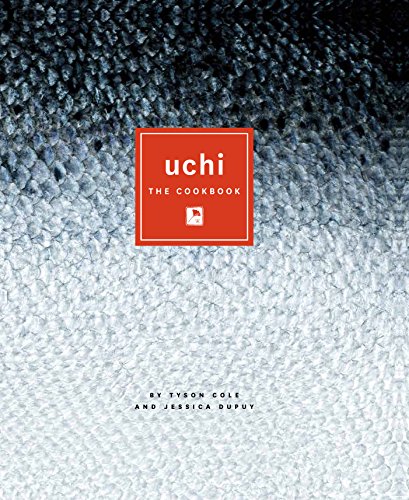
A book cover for Uchi: The Cookbook; Tyson Cole; Cookbooks, Food & Wine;